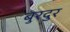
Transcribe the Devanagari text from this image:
बुरदुर